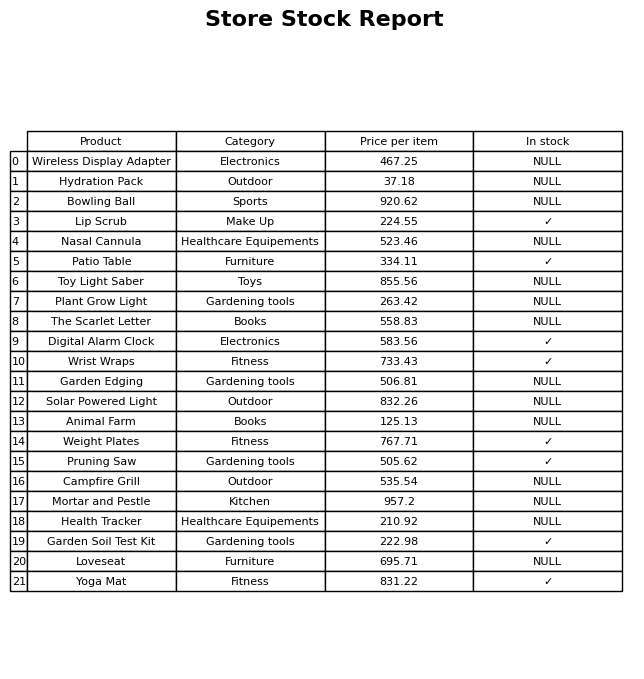
question: What is the stock status of the Plant Grow Light?
answer: NULL